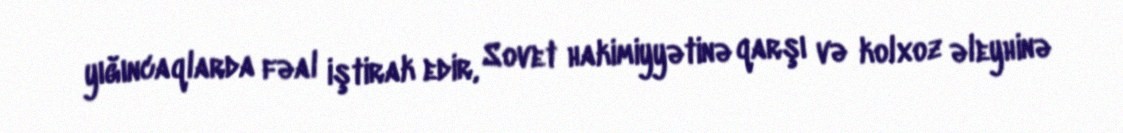
yığıncaqlarda fəal iştirak edir, Sovet hakimiyyətinə qarşı və kolxoz əleyhinə